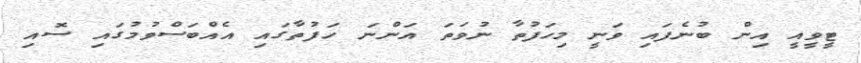
ޓީވީއީ އިން ބުނެފައި ވަނީ މިހަފުތާ ނުވަތަ އަންނަ ހަފުތާގައި އެއްބަސްވުމުގައި ސޮއި